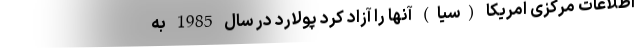
اطلاعات مرکزی امریکا (سیا) آنها را آزاد کرد پولارد در سال 1985 به